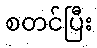
စတင်ပြီး